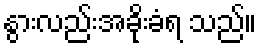
နွားလည်းအခိုးခံရ သည်။